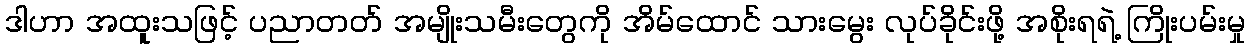
ဒါဟာ အထူးသဖြင့် ပညာတတ် အမျိုးသမီးတွေကို အိမ်ထောင် သားမွေး လုပ်ခိုင်းဖို့ အစိုးရရဲ့ ကြိုးပမ်းမှု